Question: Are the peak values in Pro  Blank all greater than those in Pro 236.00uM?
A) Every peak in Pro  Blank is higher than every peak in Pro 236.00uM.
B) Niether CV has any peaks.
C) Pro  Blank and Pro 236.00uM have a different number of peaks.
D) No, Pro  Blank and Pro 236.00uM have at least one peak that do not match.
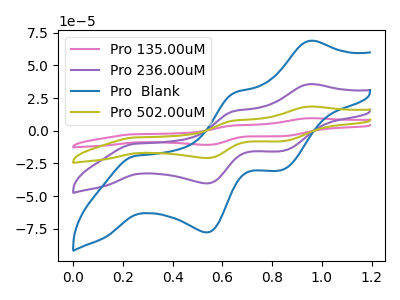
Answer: <think>The pink curve "Pro 135.00uM" has anodic peaks at (0.95V, 107.00uA) (0.65V, 45.15uA) and cathodic peaks at (0.25V, -29.95uA) (0.55V, -121.00uA) (0.85V, -47.10uA). The purple curve "Pro 236.00uM" has anodic peaks at (0.95V, 35.65uA) (0.65V, 15.05uA) and cathodic peaks at (0.25V, -10.00uA) (0.55V, -40.35uA) (0.85V, -15.70uA). The blue curve "Pro  Blank" has anodic peaks at (0.95V, 68.85uA) (0.65V, 29.05uA) and cathodic peaks at (0.25V, -19.25uA) (0.55V, -77.85uA) (0.85V, -30.30uA). The olive curve "Pro 502.00uM" has anodic peaks at (0.95V, 71.30uA) (0.65V, 30.10uA) and cathodic peaks at (0.25V, -19.95uA) (0.55V, -80.70uA) (0.85V, -31.40uA).</think>
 <answer>A) Every peak in "Pro  Blank" is higher than every peak in "Pro 236.00uM".</answer>
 <eval>A</eval>